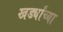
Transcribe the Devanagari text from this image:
खर्ड्यांच्या